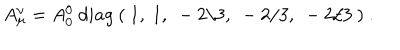
LaTeX: A _ { \mu } ^ { \nu } = A _ { 0 } ^ { 0 } \ d i a g \ ( \ 1 , \ 1 , \ - 2 / 3 , \ - 2 / 3 , \ - 2 / 3 \ ) \ .